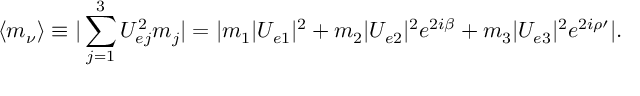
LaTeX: \langle m _ { \nu } \rangle \equiv | \sum _ { j = 1 } ^ { 3 } U _ { e j } ^ { 2 } m _ { j } | = | m _ { 1 } | U _ { e 1 } | ^ { 2 } + m _ { 2 } | U _ { e 2 } | ^ { 2 } e ^ { 2 i \beta } + m _ { 3 } | U _ { e 3 } | ^ { 2 } e ^ { 2 i \rho \prime } | .